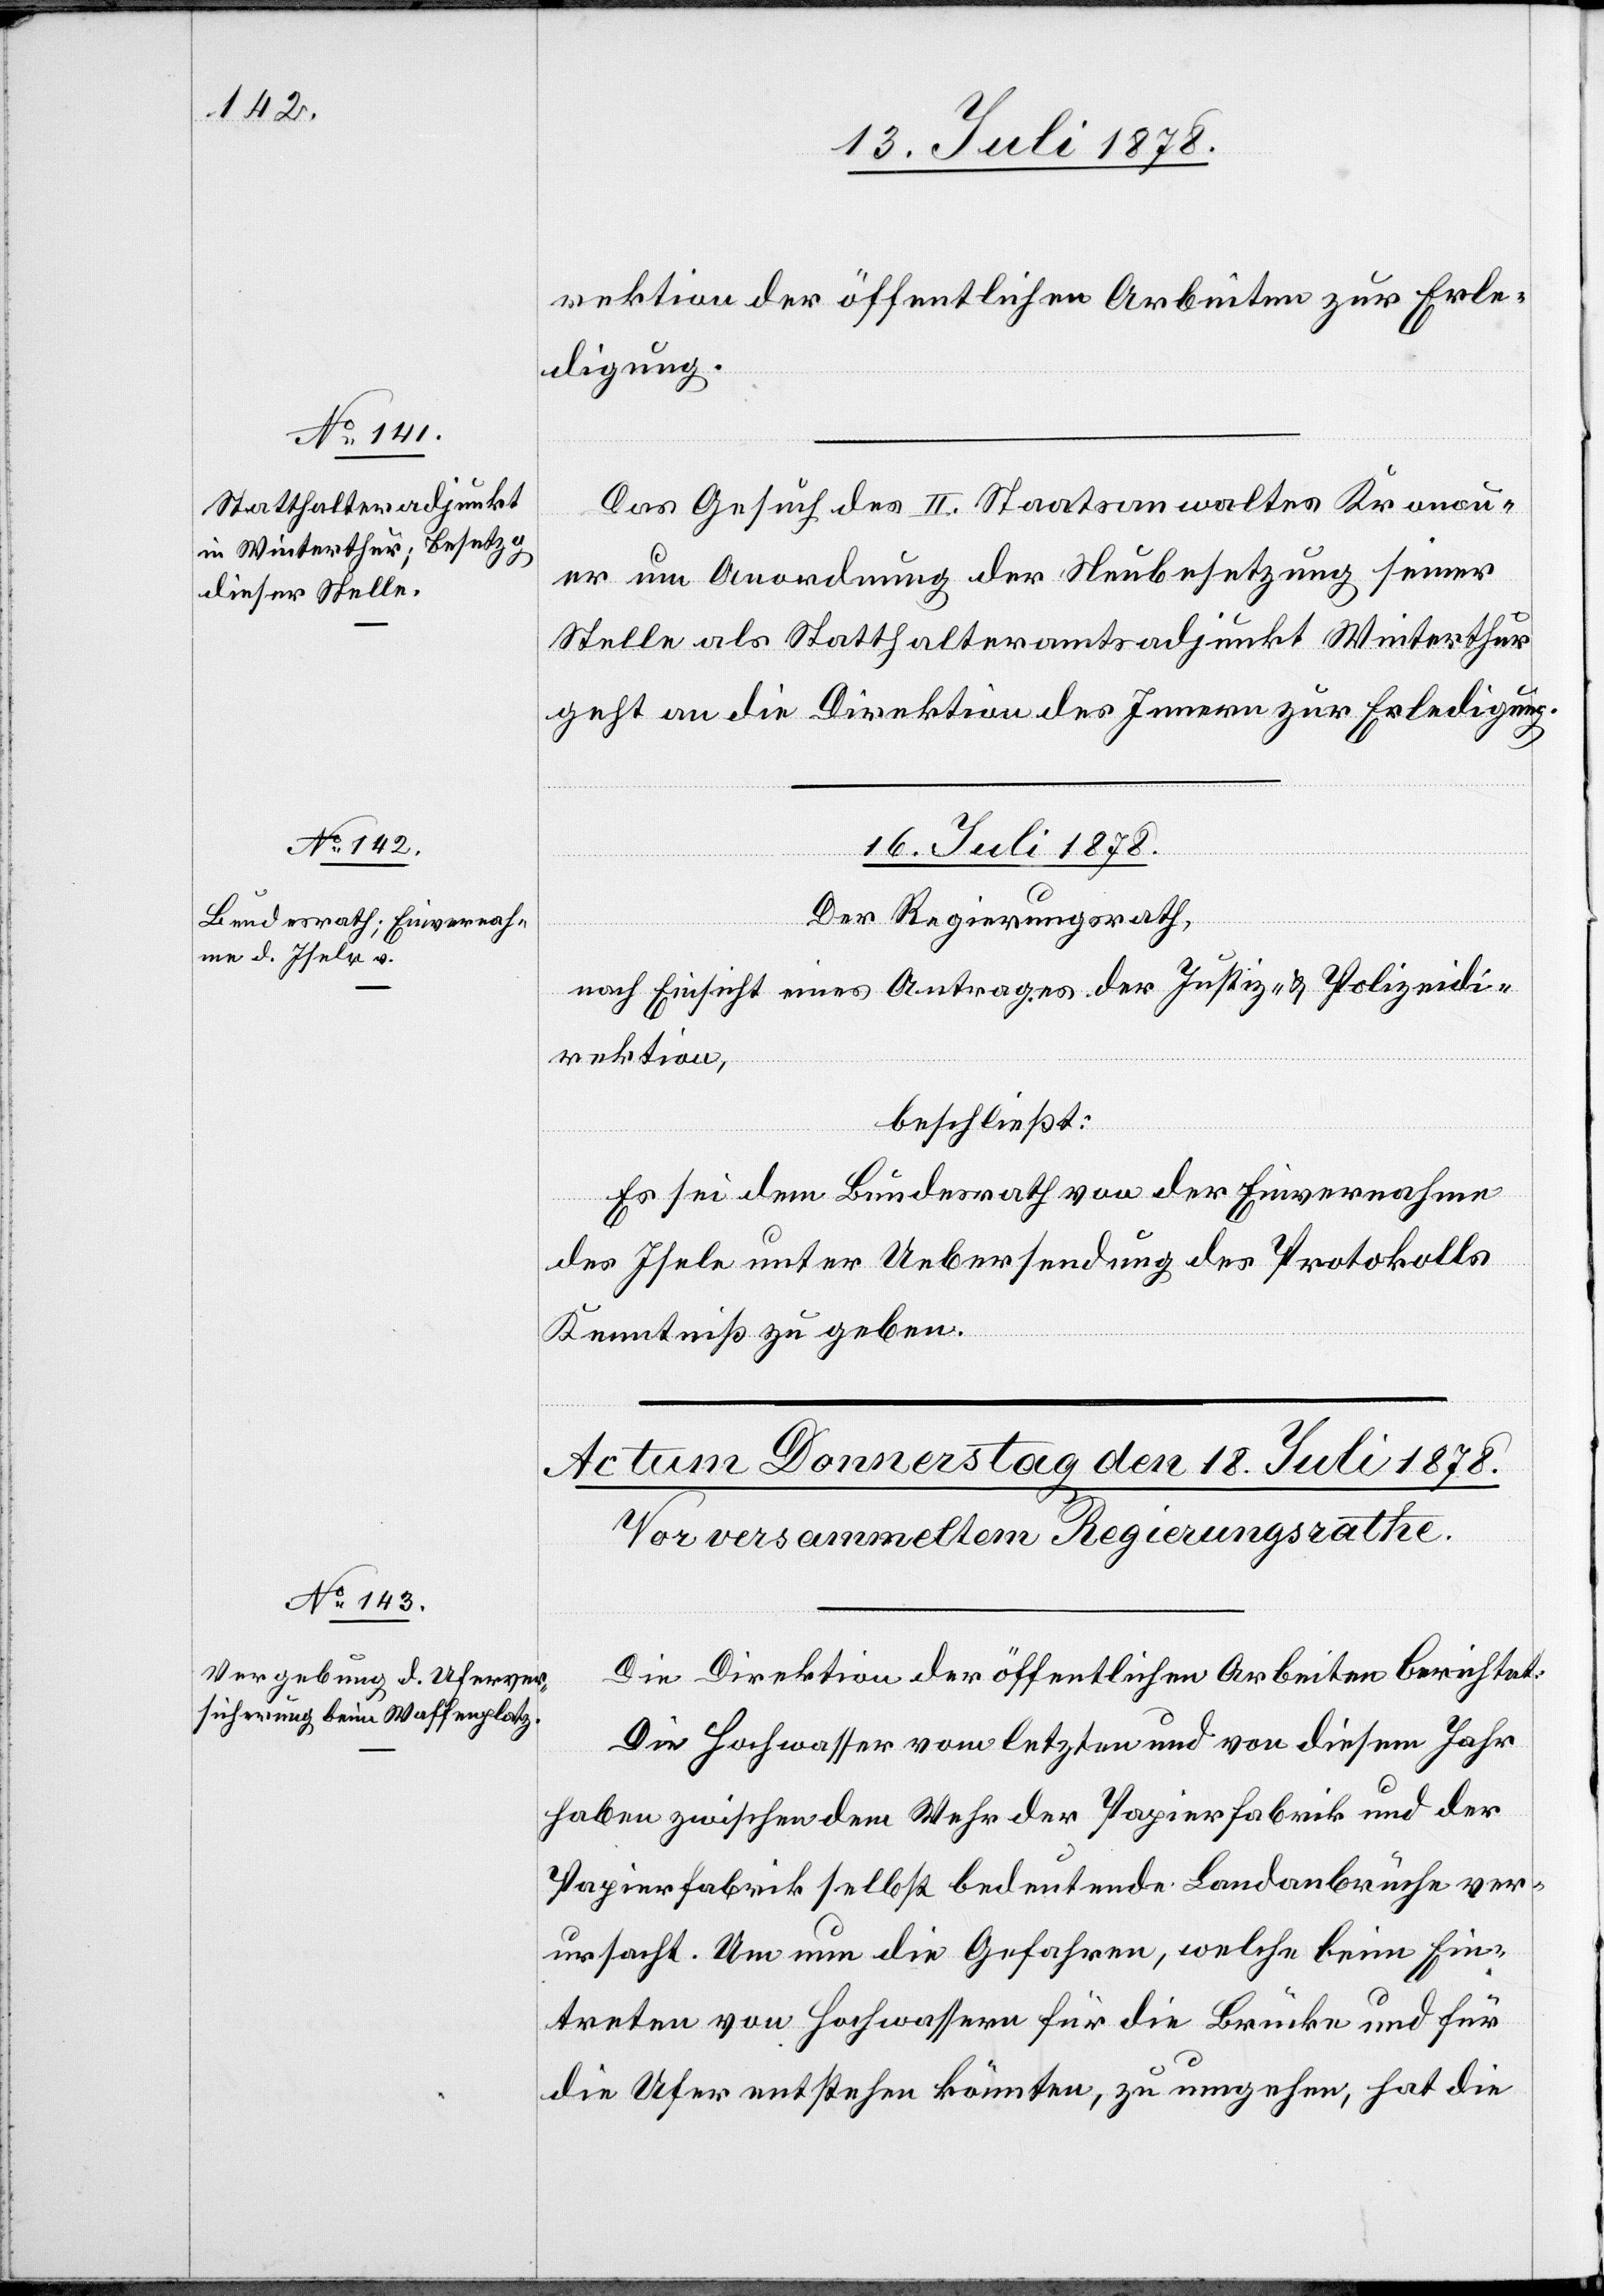
rektion der öffentlichen Arbeiten zur Erle¬
digung.
Das Gesuch des II. Staatsanwaltes Kronau¬
er um Anordnung der Neubesetzung seiner
Stelle als Statthalteramtsadjunkt Winterthur
geht an die Direktion des Innern zur Erledigung.
16. Juli 1878.
Der Regierungsrath,
nach Einsicht eines Antrages der Justiz- & Polizeidi¬
rektion,
beschließt:
Es sei dem Bundesrath von der Einvernahme
des Isele [sic!] unter Uebersendung des Protokolls
Kenntniß zu geben.
Die Direktion der öffentlichen Arbeiten berichtet:
Die Hochwasser vom letzten und von diesem Jahr
haben zwischen dem Wehr der Papierfabrik und der
Papierfabrik selbst bedeutende Landabbrüche ver¬
ursacht. Um nun die Gefahren, welche beim Ein¬
treten von Hochwassern für die Brücke und für
die Ufer entstehen könnten, zu umgehen, hat die